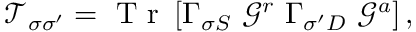
\mathcal { T } _ { \sigma \sigma ^ { \prime } } = \mathrm { ~ T ~ r ~ } \left[ \Gamma _ { \sigma S } ~ \mathcal { G } ^ { r } ~ \Gamma _ { \sigma ^ { \prime } D } ~ \mathcal { G } ^ { a } \right] ,